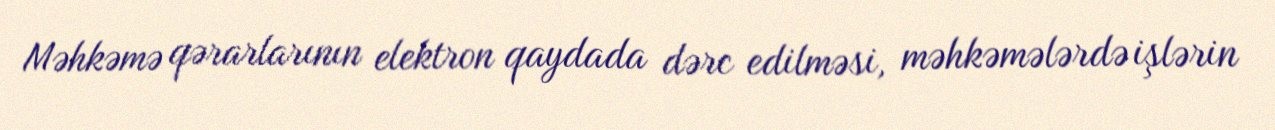
Məhkəmə qərarlarının elektron qaydada dərc edilməsi, məhkəmələrdə işlərin